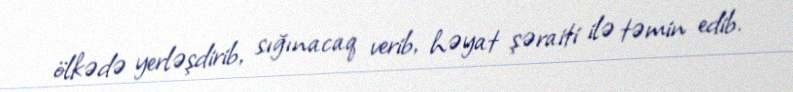
ölkədə yerləşdirib, sığınacaq verib, həyat şəraiti ilə təmin edib.